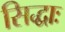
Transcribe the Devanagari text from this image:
सिद्धाः